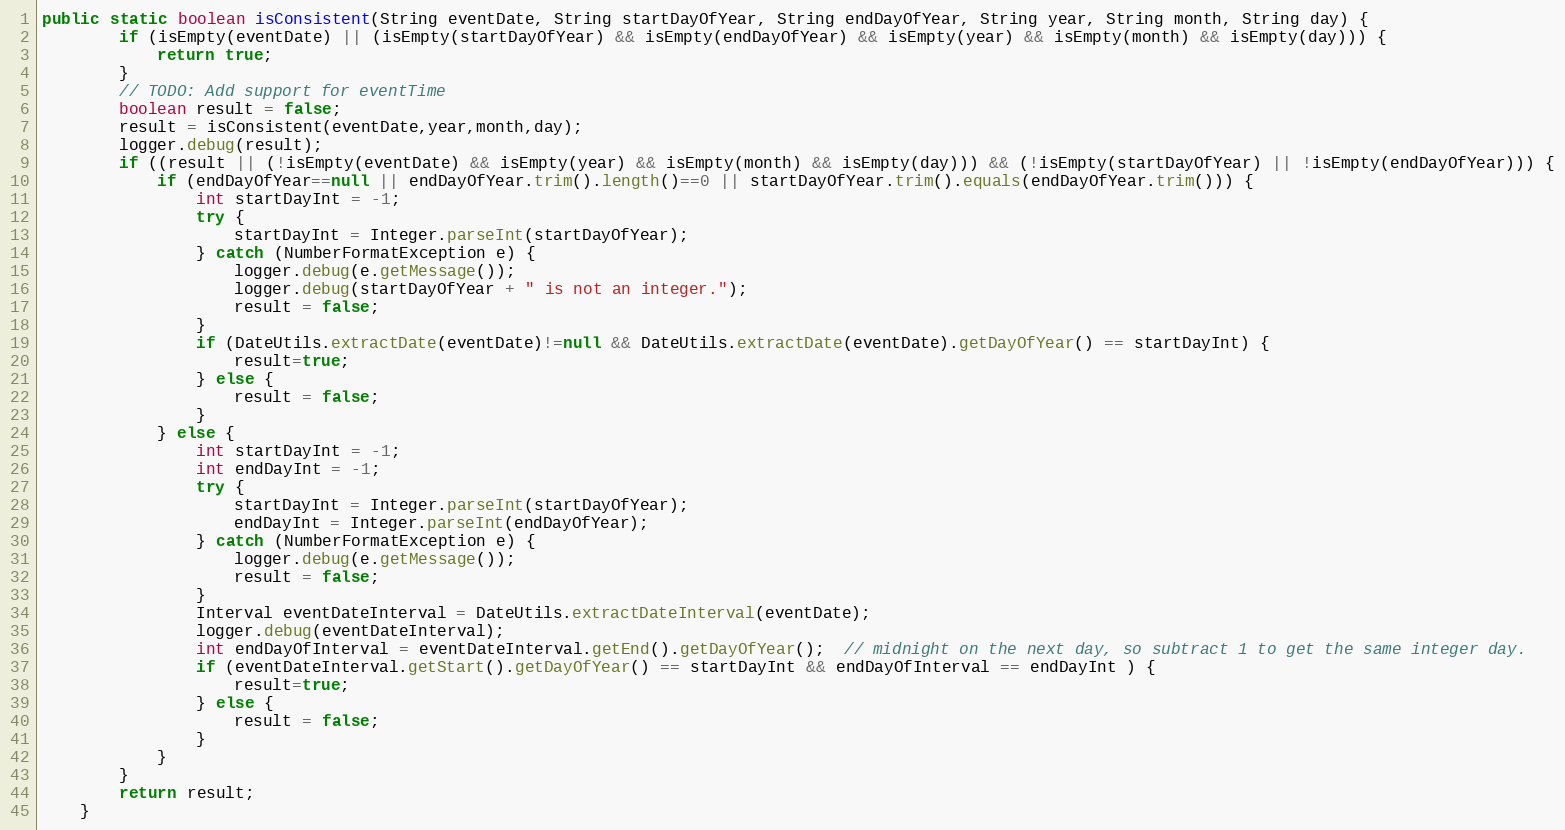
Language: Java
public static boolean isConsistent(String eventDate, String startDayOfYear, String endDayOfYear, String year, String month, String day) {
    	if (isEmpty(eventDate) || (isEmpty(startDayOfYear) && isEmpty(endDayOfYear) && isEmpty(year) && isEmpty(month) && isEmpty(day))) {
    		return true;
    	}
		// TODO: Add support for eventTime
    	boolean result = false;
    	result = isConsistent(eventDate,year,month,day);
    	logger.debug(result);
    	if ((result || (!isEmpty(eventDate) && isEmpty(year) && isEmpty(month) && isEmpty(day))) && (!isEmpty(startDayOfYear) || !isEmpty(endDayOfYear))) {
    		if (endDayOfYear==null || endDayOfYear.trim().length()==0 || startDayOfYear.trim().equals(endDayOfYear.trim())) {
    			int startDayInt = -1;
    			try {
    				startDayInt = Integer.parseInt(startDayOfYear);
    			} catch (NumberFormatException e) {
    				logger.debug(e.getMessage());
    				logger.debug(startDayOfYear + " is not an integer.");
    				result = false;
    			}
    			if (DateUtils.extractDate(eventDate)!=null && DateUtils.extractDate(eventDate).getDayOfYear() == startDayInt) {
    				result=true;
    			} else {
    				result = false;
    			}
    		} else {
       			int startDayInt = -1;
       			int endDayInt = -1;
    			try {
    				startDayInt = Integer.parseInt(startDayOfYear);
    				endDayInt = Integer.parseInt(endDayOfYear);
    			} catch (NumberFormatException e) {
    				logger.debug(e.getMessage());
    				result = false;
    			}
    			Interval eventDateInterval = DateUtils.extractDateInterval(eventDate);
    			logger.debug(eventDateInterval);
    			int endDayOfInterval = eventDateInterval.getEnd().getDayOfYear();  // midnight on the next day, so subtract 1 to get the same integer day.
    			if (eventDateInterval.getStart().getDayOfYear() == startDayInt && endDayOfInterval == endDayInt ) {
    				result=true;
    			} else {
    				result = false;
    			}
    		}
    	}
    	return result;
    }